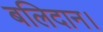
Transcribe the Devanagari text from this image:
बलिदान।